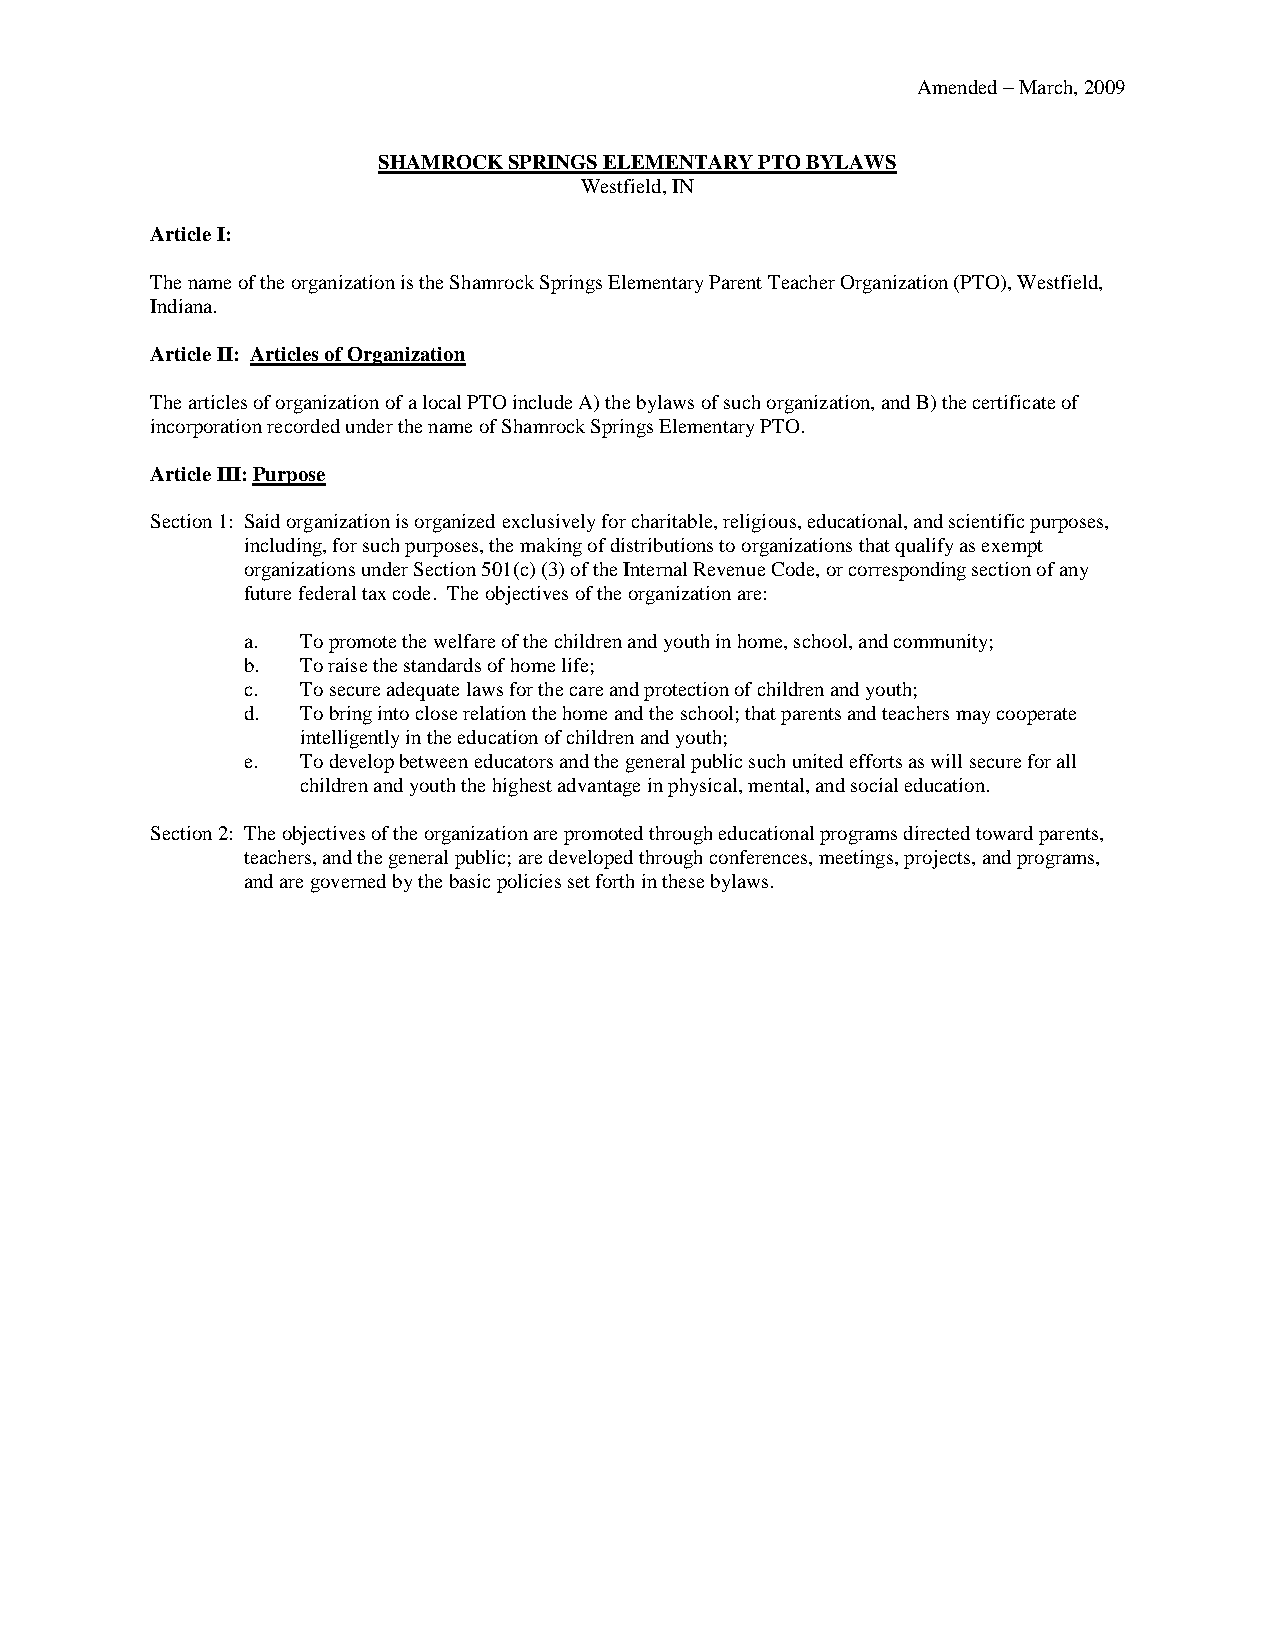
Amended – March, 2009
 SHAMROCK SPRINGS ELEMENTARY PTO BYLAWS
 Westfield, IN
 Article I:
 The name of the organization is the Shamrock Springs Elementary Parent Teacher Organization (PTO), Westfield,
 Indiana.
 Article II: Articles of Organization
 The articles of organization of a local PTO include A) the bylaws of such organization, and B) the certificate of
 incorporation recorded under the name of Shamrock Springs Elementary PTO.
 Article III: Purpose
 Section 1: Said organization is organized exclusively for charitable, religious, educational, and scientific purposes,
 including, for such purposes, the making of distributions to organizations that qualify as exempt
 organizations under Section 501(c) (3) of the Internal Revenue Code, or corresponding section of any
 future federal tax code. The objectives of the organization are:
 a.  To promote the welfare of the children and youth in home, school, and community;
 b.  To raise the standards of home life;
 c.  To secure adequate laws for the care and protection of children and youth;
 d.  To bring into close relation the home and the school; that parents and teachers may cooperate
 intelligently in the education of children and youth;
 e.  To develop between educators and the general public such united efforts as will secure for all
 children and youth the highest advantage in physical, mental, and social education.
 Section 2: The objectives of the organization are promoted through educational programs directed toward parents,
 teachers, and the general public; are developed through conferences, meetings, projects, and programs,
 and are governed by the basic policies set forth in these bylaws.